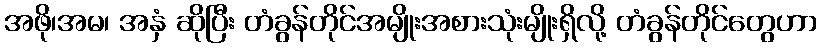
အဖို၊အမ၊ အနှံ ဆိုပြီး တံခွန်တိုင်အမျိုးအစားသုံးမျိုးရှိလို့ တံခွန်တိုင်တွေဟာ